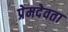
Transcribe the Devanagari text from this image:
प्रेमदेवता